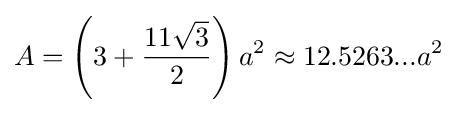
A=\left(3+{\frac {11{\sqrt {3}}}{2}}\right)a^{2}\approx 12.5263...a^{2}